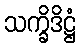
သက္ခိဒိဋ္ဌံ